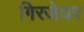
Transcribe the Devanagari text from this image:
गिरजेघर